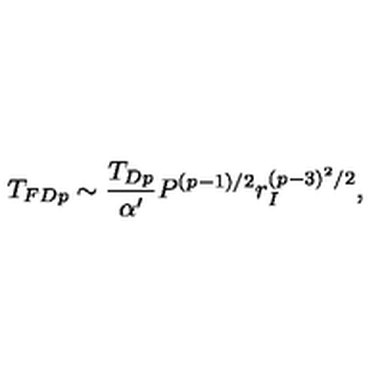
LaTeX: T _ { F D p } \sim \frac { T _ { D p } } { \alpha ^ { \prime } } P ^ { ( p - 1 ) / 2 } r _ { I } ^ { ( p - 3 ) ^ { 2 } / 2 } ,